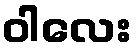
ဝါလေး